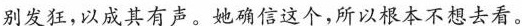
别发狂，以成其有声。她确信这个，所以根本不想去看。